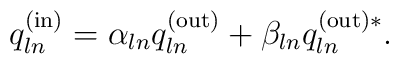
q^{{\rm (in)}}_{ln}=\alpha_{ln} q^{{\rm (out)}}_{ln}+\beta_{ln}q^{{\rm (out)} *}_{ln}.